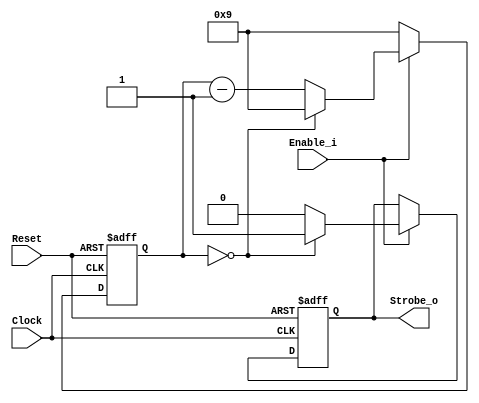
// 230809

`default_nettype none
module StrobeGeneratorTicks #(
	parameter	TICKS	= 10
)(
	input wire  Clock,
	input wire  Reset,
	input wire  Enable_i,
	output reg  Strobe_o
);
	
	localparam MAXCOUNT = TICKS - 1;
	localparam WIDTH = $clog2(MAXCOUNT + 1);
	reg [WIDTH-1:0] Counter;
	
	always @(posedge Clock, negedge Reset) begin
		if(!Reset) begin
			Counter      <= MAXCOUNT;
			Strobe_o     <= 1'b0;
		end else if(Enable_i) begin
			if(!Counter) begin
				Counter  <= MAXCOUNT;
				Strobe_o <= 1'b1;
			end else begin
				Counter  <= Counter - 1'b1;
				Strobe_o <= 1'b0;
			end 
		end else begin
			Counter <= MAXCOUNT;
		end
	end
	
endmodule
`default_nettype wire